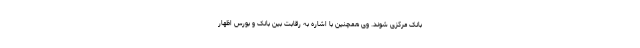
بانک مرکزی شوند. وی همچنین با اشاره به رقابت بین بانک و بورس اظهار